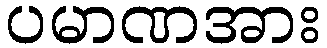
ပမာဏအား